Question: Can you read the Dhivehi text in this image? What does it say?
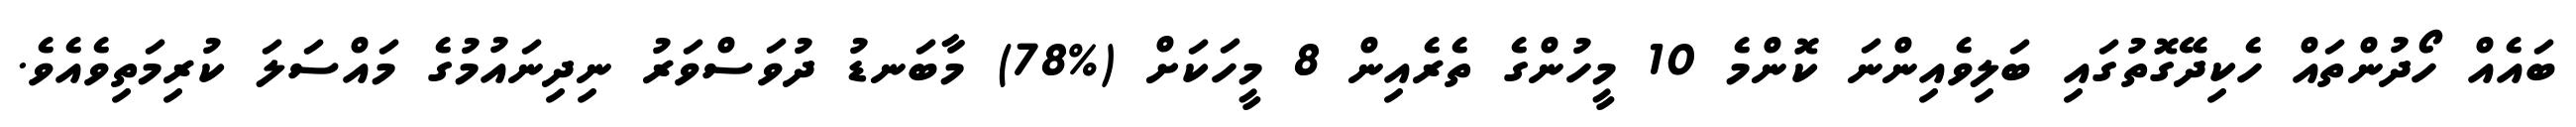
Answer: ބައެއް ހޯދުންތައް ހެކިދޭގޮތުގައި ބަލިވެއިންނަ ކޮންމެ 10 މީހުންގެ ތެރެއިން 8 މީހަކަށް (%78) މާބަނޑު ދުވަސްވަރު ނިދިނައުމުގެ މައްސަލަ ކުރިމަތިވެއެވެ.